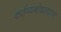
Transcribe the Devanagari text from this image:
कर्तव्यबोधत्यास